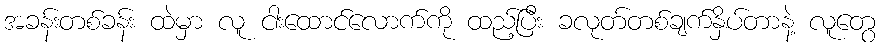
အခန်းတစ်ခန်း ထဲမှာ လူ ငါးထောင်လောက်ကို ထည့်ပြီး ခလုတ်တစ်ချက်နှိပ်တာနဲ့ လူတွေ